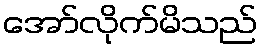
အော်လိုက်မိသည်